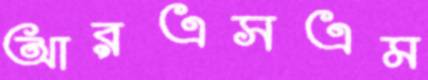
আরএসএম